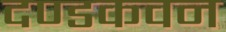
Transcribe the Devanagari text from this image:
दण्डकवन